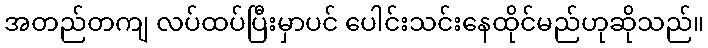
အတည်တကျ လပ်ထပ်ပြီးမှာပင် ပေါင်းသင်းနေထိုင်မည်ဟုဆိုသည်။